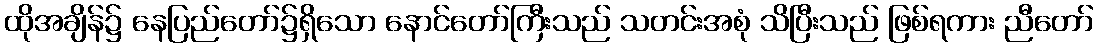
ထိုအချိန်၌ နေပြည်တော်၌ရှိသော နောင်တော်ကြီးသည် သတင်းအစုံ သိပြီးသည် ဖြစ်ရကား ညီတော်